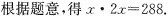
根据题意，得$$x\cdot 2x=288$$.